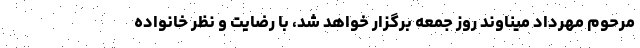
مرحوم مهرداد میناوند روز جمعه برگزار خواهد شد، با رضایت و نظر خانواده